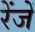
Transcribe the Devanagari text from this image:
रेंजें